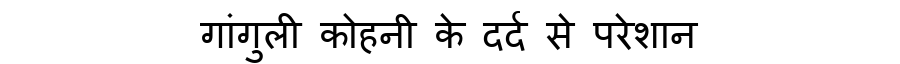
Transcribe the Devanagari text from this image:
गांगुली कोहनी के दर्द से परेशान